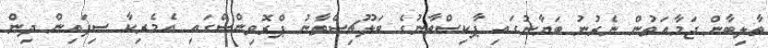
ތާލިބާން ޖަމާއަތުން ނެރުނު ބަޔާނުގައި ޕާކިސްތާނުގެ ބަލޫޗިސްތާނު ޕްރޮވިންސްގައި އެމެރިކާ ސިފައިން ދިން